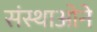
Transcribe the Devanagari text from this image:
संस्थाओने